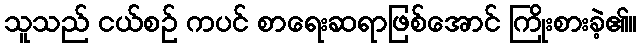
သူသည် ငယ်စဉ် ကပင် စာရေးဆရာဖြစ်အောင် ကြိုးစားခဲ့၏။